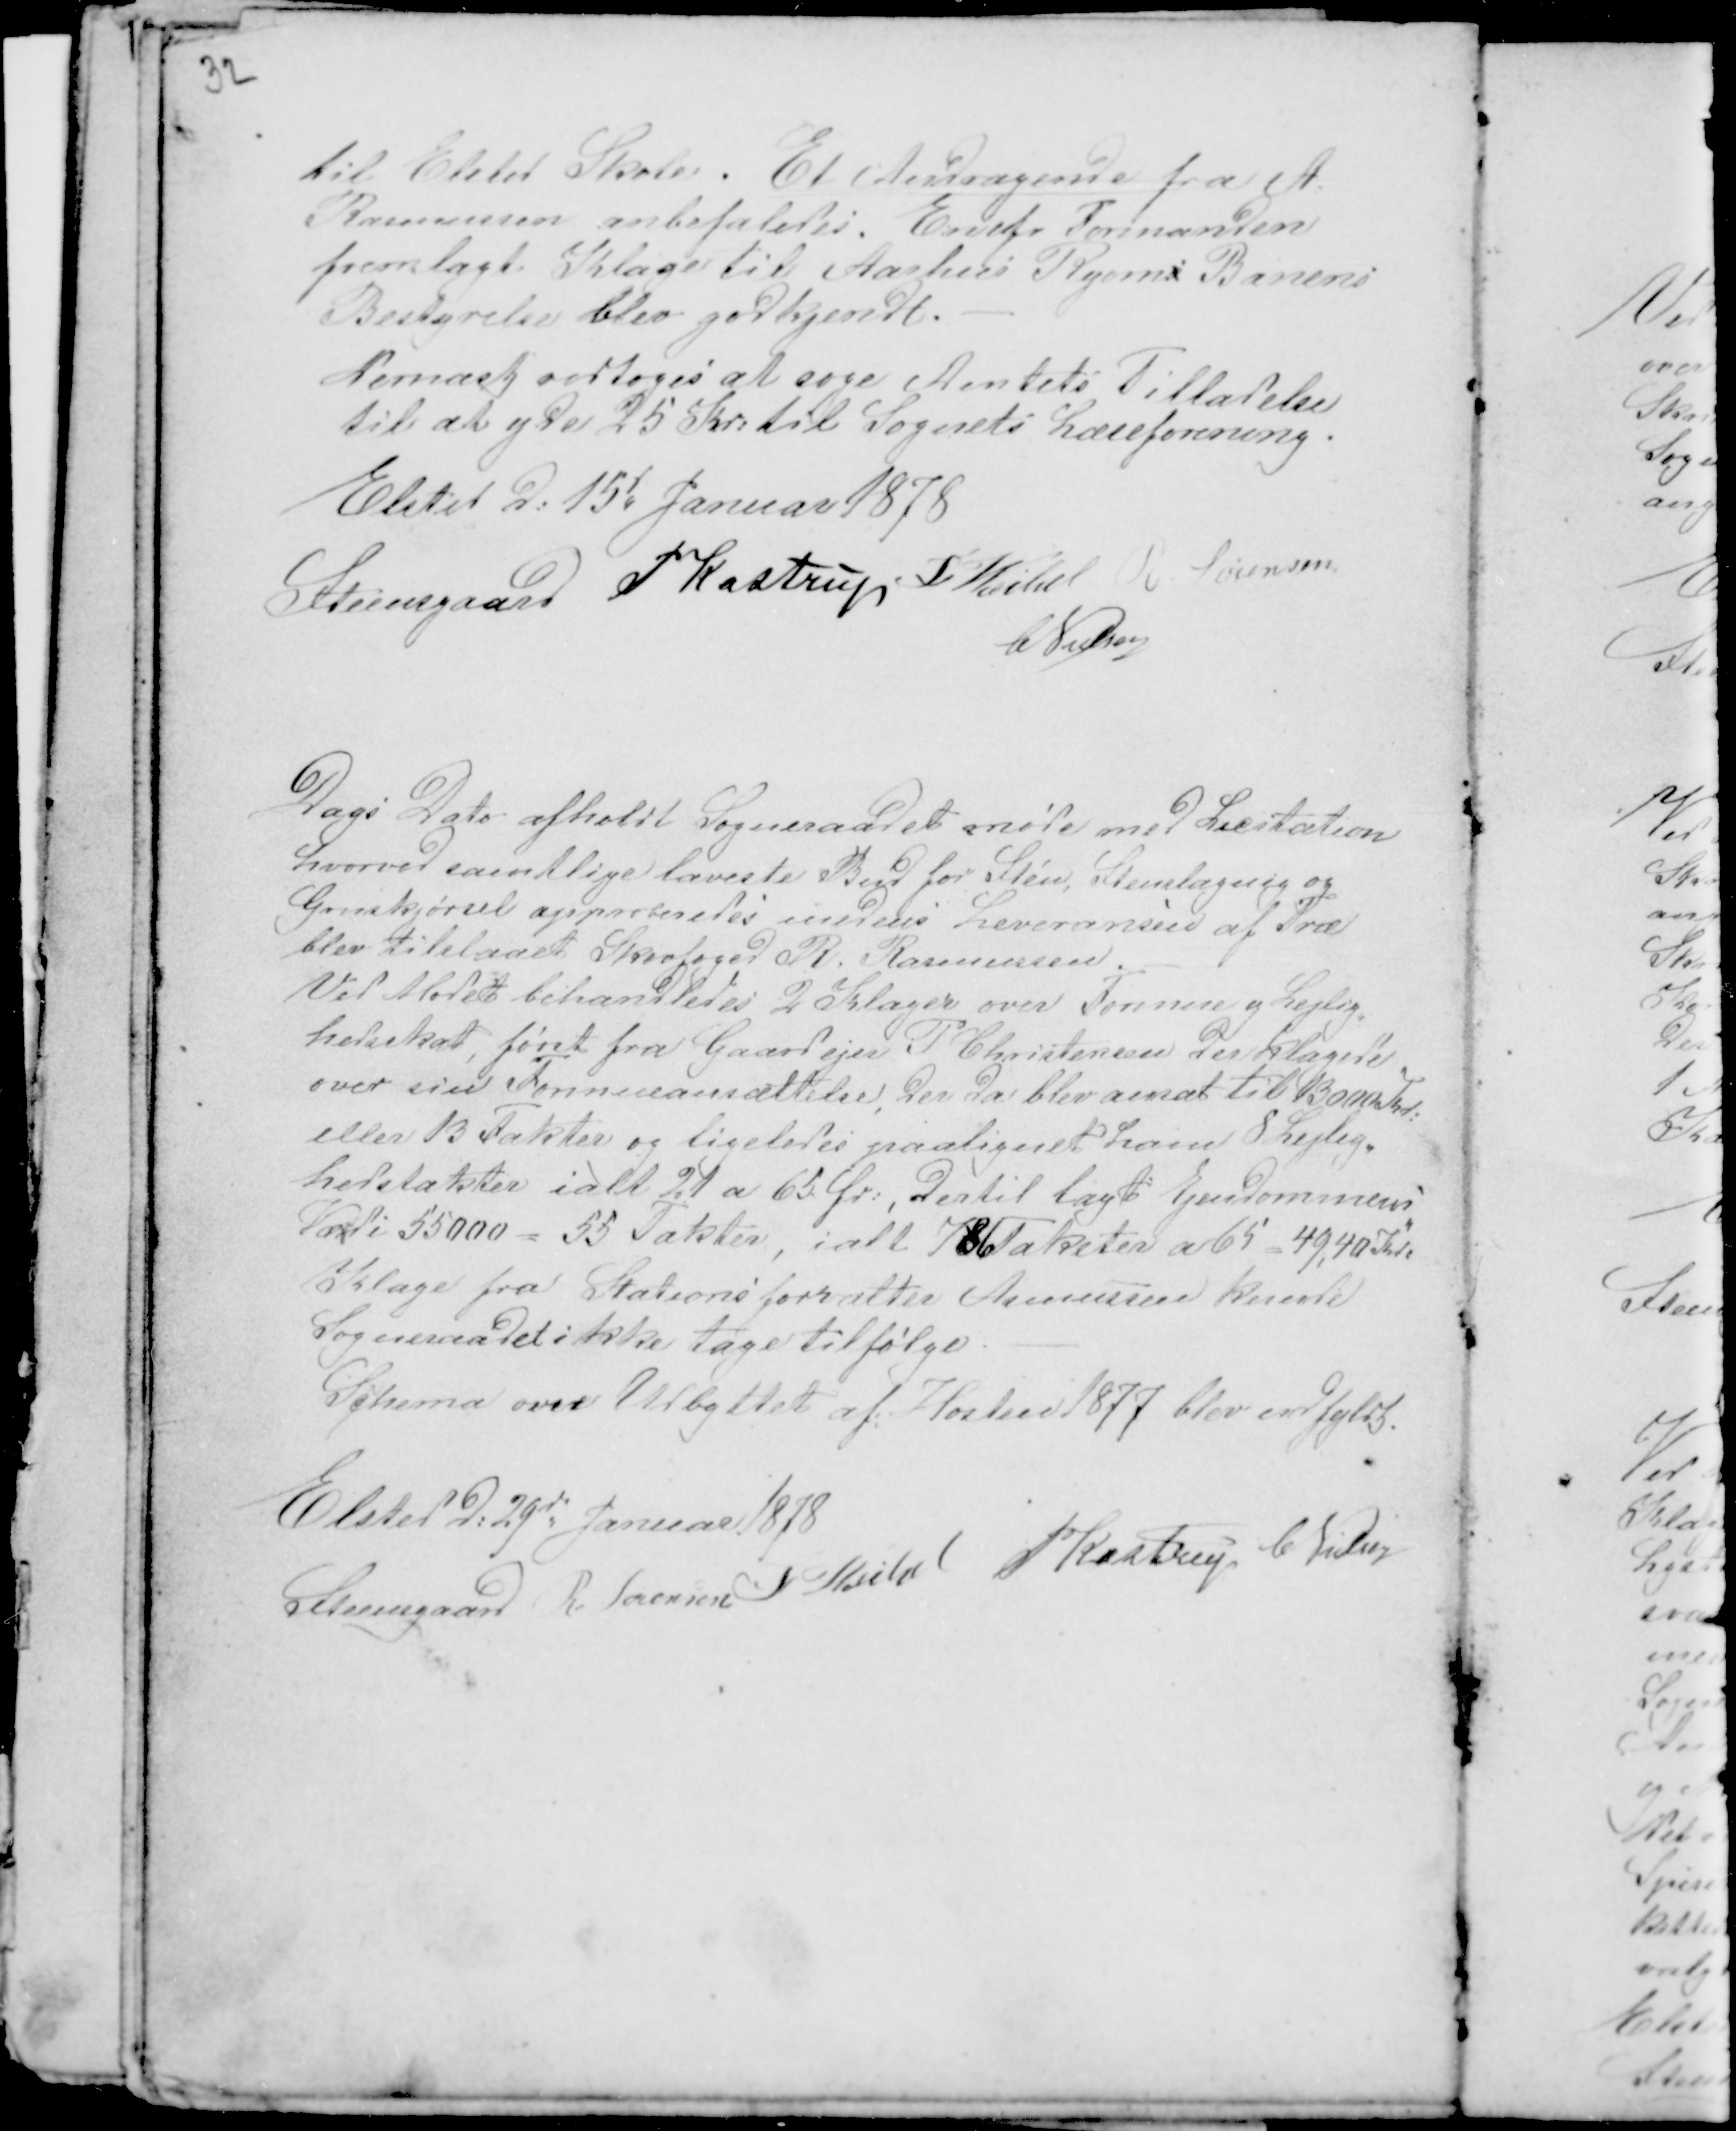
Transskription:
32

til Elsted Skole. Et Andragende fra A.
Rasmussen anbefaledes. En efr Formanden
fremlagt Klage til Aarhus Ryoms Banens
Bestyrelse blev godkjendt. -
Dernæst vedtoges at søge Amtets Tilladelse
til at yde 25 Kr: til Sognets Læseforening.
Elsted d: 15d Januar 1878
Steensgaard P Kastrup F Veibel R. Sørensen
CNielsen

Dags Dato afholdt Sogneraadet møde med Licitation
hvorved samtlige laveste Bud for Sten, Stenslagnig og
Gruskjørsel approberedes medens Leveransen af Træ
blev tilslaaet Skovfoged R. Rasmussen. -
Ved Mødet behandledes 2 Klager over Formue og Lejlig-
hedsskat, først fra Gaardejer P Christensen der klagede
over sin Formueansættelse, der da blev ansat til 13000 Kr:
eller 13 Takter og ligeledes paalignet ham 8 Lejlig-
hedstakster ialt 21 a 65 Ør: , dertil lagt Ejendommens
Værdi 55000 = 55 Takter, ialt 786 Takster a 65 = 49,40 Kr:
Klage fra Stationsforvalter Asmussen kunde
Sogneraadet ikke tage tilfølge. -
Schema over Udbyttet af Høsten 1877 blev udfyldt.
Elsted d: 29d Januar 1878
Steensgaard R Sørensen F Veibel PKastrup C Nielsen